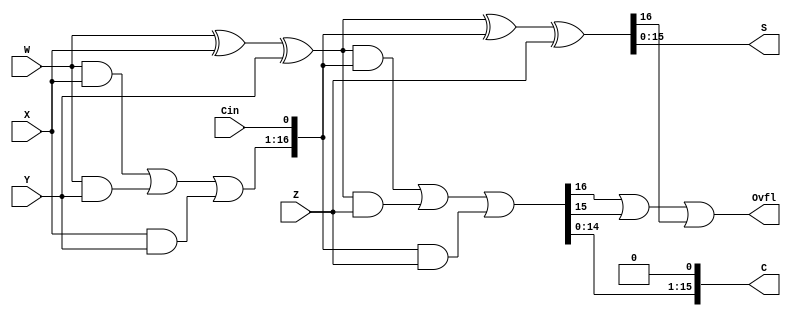
module CSA_nBits(S,C,Ovfl,W,X,Y,Z,Cin);

  parameter width = 16 ;                        // Bit Width

  output [width-1:0]   S,C;                     // Sum, Carry
  output               Ovfl;                    // Carry Out
  input  [width-1:0]   W,X,Y,Z;                 // Adder Inputs
  input                Cin;                     // Carry In

  wire [width:0]    S1 = {1'b0, W ^ X ^ Y };
  wire [width:0]    C1 = { W&X | W&Y | X&Y, Cin } ;
  wire [width:0]    Z1 = { 1'b0, Z };

  wire [width:0]    S2 = S1 ^ C1 ^ Z;
  wire [width+1:0]  C2 = { S1&C1 | S1&Z | C1&Z , 1'b0 } ;

  assign S[width-1:0]  = S2[width-1:0];
  assign C[width-1:0]  = C2[width-1:0];
  assign Ovfl          = C2[width+1] | C2[width] | S2[width] ;

endmodule